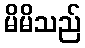
မိမိသည်